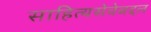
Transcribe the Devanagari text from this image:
साहित्यसेवेबद्दल